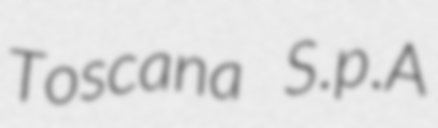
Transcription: Toscana S.p.A